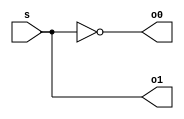
// Put Your Full Name Here
//
// decoder1x2.v, 1x2 decoder, gate synthesis
//
// how to compile: ~changw/ivl/bin/iverilog decoder1x2.v
// how to run: ./a.out

/*
   old-style comments starts with "slash-star"
   why didn't I do this: x=y*z;
   all comments until "star-slash"
*/

module DecoderMod(s, o0, o1); // module definition
   input s;
   output o0, o1;

   assign o1 = s;
   not(o0, s);  // "not" is built-in, inverter gate
endmodule

module TestMod; // or call it main, it tests DecoderMod
   reg s;       // s is a 1-bit flipflop
   wire o0, o1; // 2 additional wires

   DecoderMod my_decoder(s, o0, o1); // create instance

   initial begin
      $monitor("%0d\t%b\t%b\t%b", $time, s, o0, o1);
      $display("Time\ts\to0\to1");
      $display("--------------------------");
   end

   initial begin
      s = 0;       // initially s is 0
      #1;          // wait 1 simulation time unit/cycle
      s = 1;       // change s to 1
      #1;          // wait 1 simulation time unit/cycle
      s = 0;       // change s to 0
      #1;          // wait 1 simulation time unit/cycle
      s = 1;       // change s to 1
   end
endmodule